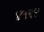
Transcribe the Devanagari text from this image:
४५२४